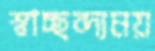
স্বাচ্ছন্দ্যময়